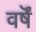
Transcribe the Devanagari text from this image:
वर्षॆं